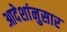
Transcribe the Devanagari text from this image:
आदेशांनुसार